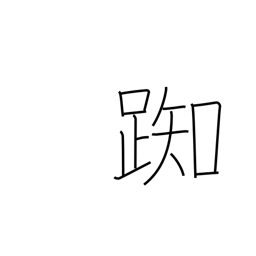
Meaning: hesitate